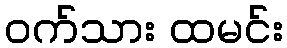
ဝက်သား ထမင်း